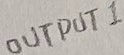
Text: OUT PUT 1